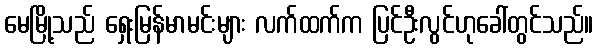
မေမြို့သည် ရှေးမြန်မာမင်းများ လက်ထက်က ပြင်ဦးလွင်ဟုခေါ်တွင်သည်။